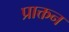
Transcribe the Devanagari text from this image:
प्राक्तन